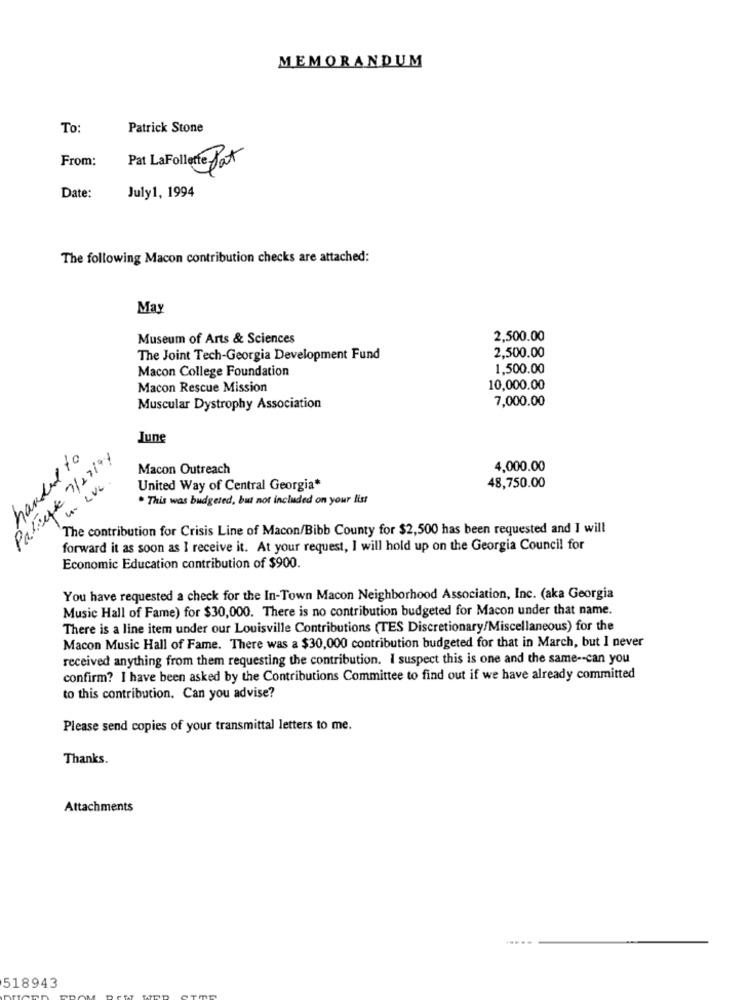
MEMORANDUM
To:
Patrick Stone
From:
Pat
Pat LaFollette
July1, 1994
Date:
The following Macon contribution checks are attached:
May
Museum of Arts & Sciences
2,500.00
2,500.00
The Joint Tech-Georgia Development Fund
Macon College Foundation
1,500.00
Macon Rescue Mission
10,000.00
7,000.00
Muscular Dystrophy Association
June
Patryfle /27/94
handed to
Macon Outreach
4,000.00
United Way of Central Georgia*
48,750.00
. This was budgeted, but not included on your list
The contribution for Crisis Line of Macon/Bibb County for $2,500 has been requested and I will
forward it as soon as I receive it. At your request, I will hold up on the Georgia Council for
Economic Education contribution of $900.
You have requested a check for the In-Town Macon Neighborhood Association, Inc. (aka Georgia
Music Hall of Fame) for $30,000. There is no contribution budgeted for Macon under that name.
There is a line item under our Louisville Contributions (TES Discretionary/Miscellaneous) for the
Macon Music Hall of Fame. There was a $30,000 contribution budgeted for that in March, but I never
received anything from them requesting the contribution. I suspect this is one and the same -- can you
confirm? I have been asked by the Contributions Committee to find out if we have already committed
to this contribution. Can you advise?
Please send copies of your transmittal letters to me.
Thanks.
Attachments
.....
518943